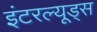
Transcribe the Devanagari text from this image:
इंटरल्यूड्स